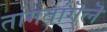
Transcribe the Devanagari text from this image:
तांगतांगॆलॆ